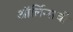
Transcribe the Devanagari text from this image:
ऑर्लिन्सची